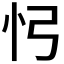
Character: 𢖸